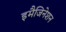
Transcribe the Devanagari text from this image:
इमैजिनेशन